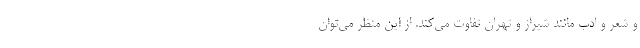
و شعر و ادب مانند شیراز و تهران تفاوت می‌کند. از این منظر می‌توان